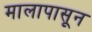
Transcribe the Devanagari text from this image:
मालापासून